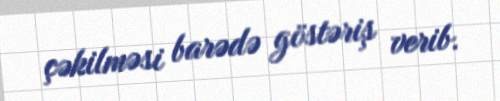
çəkilməsi barədə göstəriş verib.